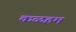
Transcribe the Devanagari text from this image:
कळहम